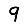
Digit: 9